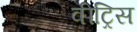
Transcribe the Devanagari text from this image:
वीट्रिस